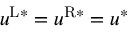
u ^ { \mathrm { L } * } = u ^ { \mathrm { R } * } = u ^ { * }